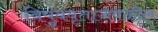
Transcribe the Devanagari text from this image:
विषुववृताजवळील